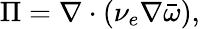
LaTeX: \Pi=\nabla\cdot(\nu_{e}\nabla\bar{\omega}),